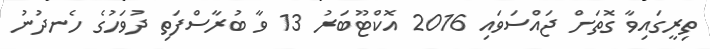
ތިރީގައިވާ ގޮތަށް ޖައްސަވައި 2016 އޮކްޓޫބަރު 13 ވާ ބުރާސްފަތި ދުވަހުގެ ހެނދުނު